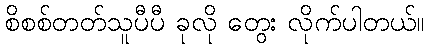
စိစစ်တတ်သူပီပီ ခုလို တွေး လိုက်ပါတယ်။